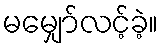
မမျှော်လင့်ခဲ့။